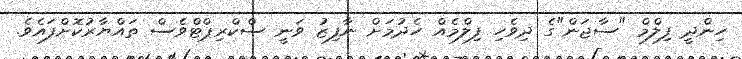
ހިންދީ ފިލްމް "ސާޖަން"ގެ ދިވެހި ފިލްމެއް ހެދުމަށް ނާފިޒު ވަނީ ސްކްރިޕްޓްވެސް ތައްޔާރުކޮށްފައެވެ.